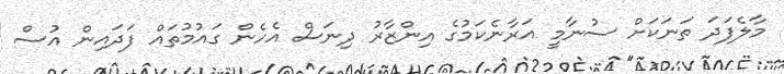
މާލެފަދަ ތަނަކަށް ސުނާމީ އަރާނެކަމުގެ އިންޒާރު ދިނަސް އެހެން ގައުމުތައް ފަދައިން އުސް